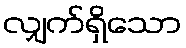
လျှက်ရှိသော